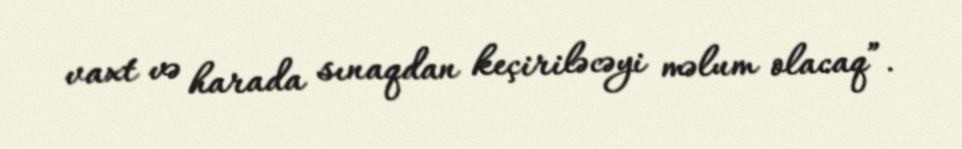
vaxt və harada sınaqdan keçiriləcəyi məlum olacaq”.